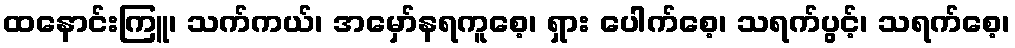
ထနောင်းကြူ၊ သက်ကယ်၊ အမှော်နရကူစေ့၊ ရှား ပေါက်စေ့၊ သရက်ပွင့်၊ သရက်စေ့၊